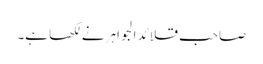
صاحب قلائد الجواہر نے لکھا ہے۔